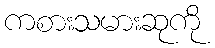
ကစားသမားဆုကို